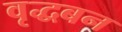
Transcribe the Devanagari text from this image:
वृद्धबन